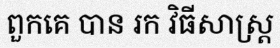
ពួកគេ បាន រក វិធីសាស្ត្រ